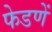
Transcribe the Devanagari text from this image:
फेडणें